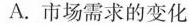
A.市场需求的变化